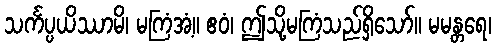
သင်္ကပ္ပယိဿာမိ၊ မကြံအံ့။ ဧဝံ၊ ဤသို့မကြံသည်ရှိသော်။ မမန္တရေ၊